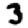
Digit: 3